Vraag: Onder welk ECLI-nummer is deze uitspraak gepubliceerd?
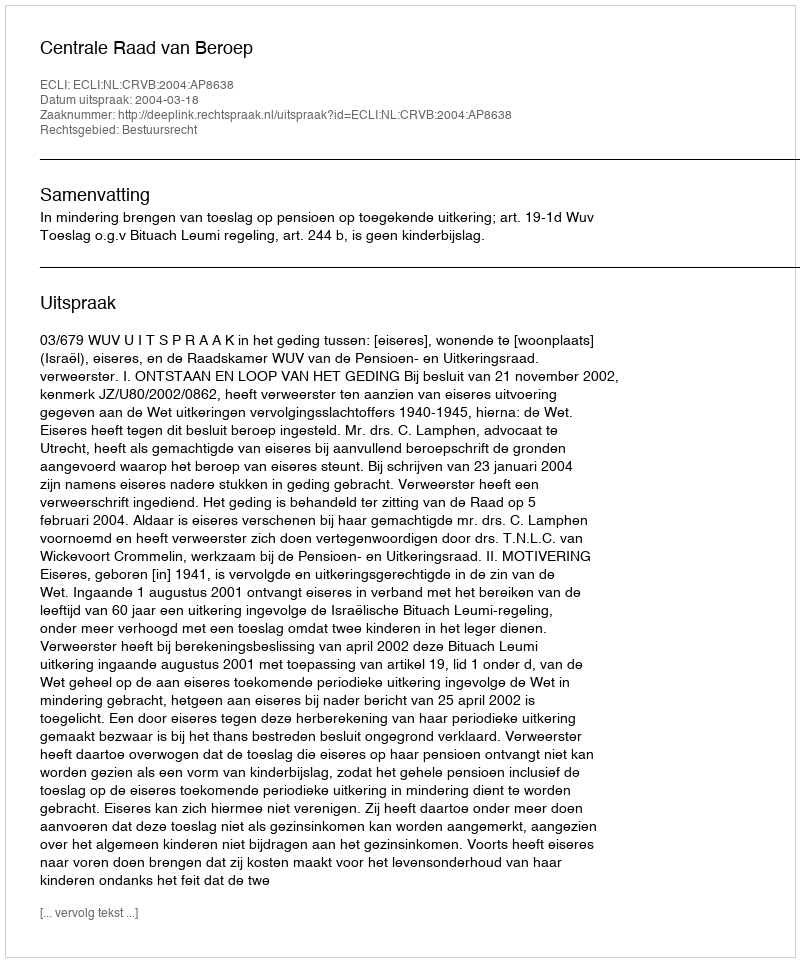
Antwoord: ECLI:NL:CRVB:2004:AP8638